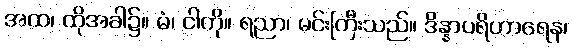
အထ၊ ထိုအခါ၌။ မံ၊ ငါကို။ ရညာ၊ မင်းကြီးသည်။ ဒိန္နာပရိဟာရေန၊